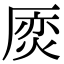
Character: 𠪌